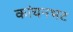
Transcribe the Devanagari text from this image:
कांचनभट